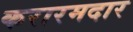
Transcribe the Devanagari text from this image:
करारमदार